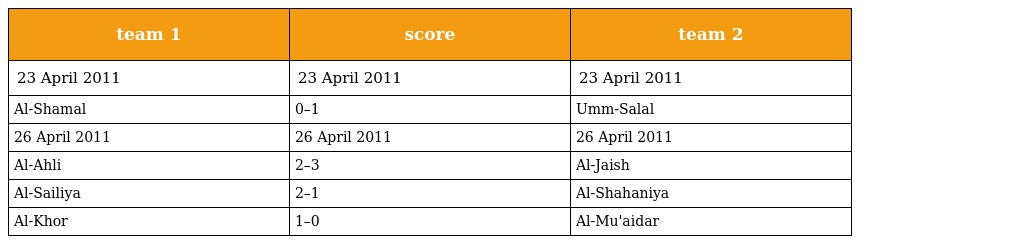
| team 1 | score | team 2 |
 | --- | --- | --- |
 | 23 April 2011 | 23 April 2011 | 23 April 2011 |
 | Al-Shamal | 0–1 | Umm-Salal |
 | 26 April 2011 | 26 April 2011 | 26 April 2011 |
 | Al-Ahli | 2–3 | Al-Jaish |
 | Al-Sailiya | 2–1 | Al-Shahaniya |
 | Al-Khor | 1–0 | Al-Mu'aidar |